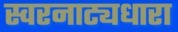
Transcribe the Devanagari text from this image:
स्वरनाट्यधारा